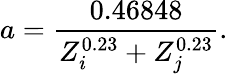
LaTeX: a=\frac{0.46848}{Z_{i}^{0.23}+Z_{j}^{0.23}}.